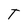
Character: T